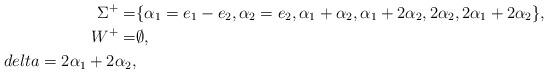
LaTeX: \begin{align*}\Sigma^{+}=&\{\alpha_{1}=e_{1}-e_{2} , \alpha_{2}=e_{2}, \alpha_{1}+\alpha_{2}, \alpha_{1}+2\alpha_{2}, 2\alpha_{2}, 2\alpha_{1}+2\alpha_{2} \},\\W^{+}=&\emptyset, \\delta =2\alpha_{1}+2\alpha_{2},\end{align*}